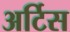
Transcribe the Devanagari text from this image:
अर्टिस